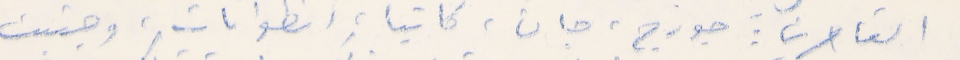
القاصرين: جورج، جان، كاتيا، انطوانات، وجنيت